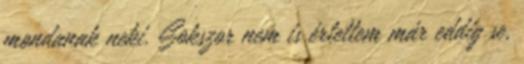
mondanak neki. Sokszor nem is értettem már eddig se,